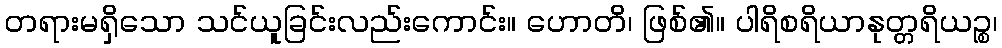
တရားမရှိသော သင်ယူခြင်းလည်းကောင်း။ ဟောတိ၊ ဖြစ်၏။ ပါရိစရိယာနုတ္တရိယဉ္စ၊